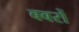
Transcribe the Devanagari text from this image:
बबरों